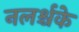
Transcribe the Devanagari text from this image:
नलर्श्चके